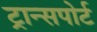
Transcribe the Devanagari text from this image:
ट्रान्‍सपोर्ट